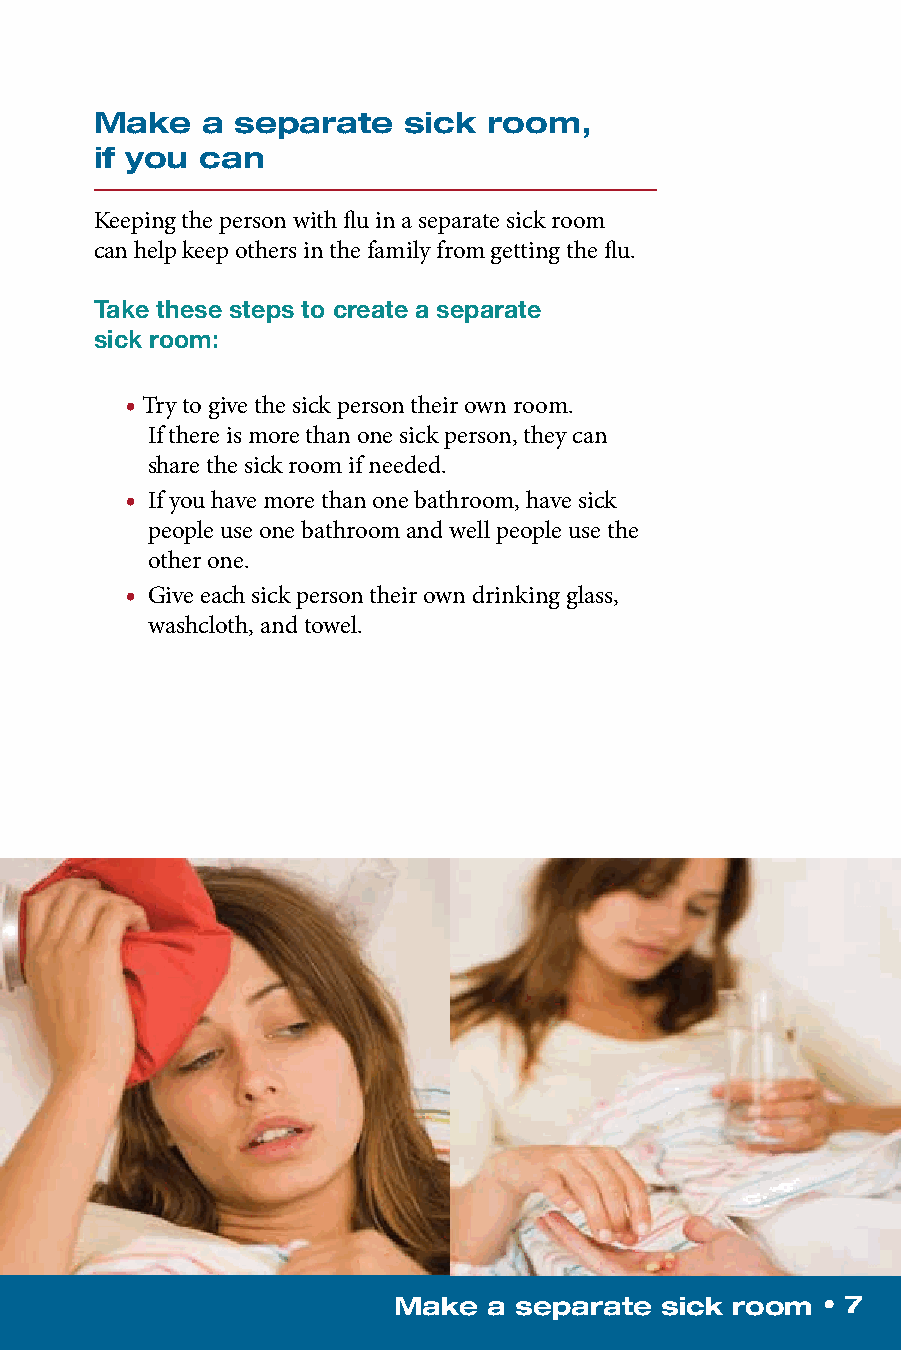
Make   a  separate   sick room,
 if you can
 Keeping the person with flu in a separate sick room
 can help keep others in the family from getting the flu.
 Take these steps to create a separate
 sick room:
 • Try to give the sick person their own room.
 If there is more than one sick person, they can
 share the sick room if needed.
 • If you have more than one bathroom, have sick
 people use one bathroom and well people use the
 o ther one.
 • Give each sick person their own drinking glass,
 washcloth, and towel.
 Make  a separate  sick room • 7